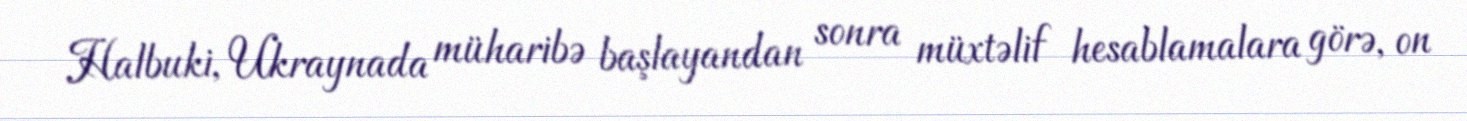
Halbuki, Ukraynada müharibə başlayandan sonra müxtəlif hesablamalara görə, on